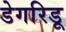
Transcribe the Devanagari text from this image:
डेगरिडू